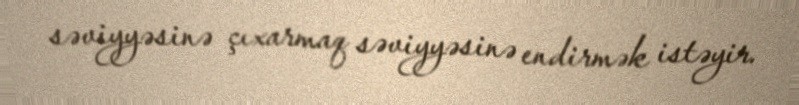
səviyyəsinə çıxarmaq səviyyəsinə endirmək istəyir.